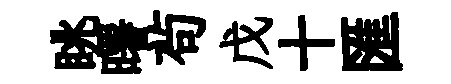
眺曙茍戊十匯